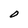
Character: O